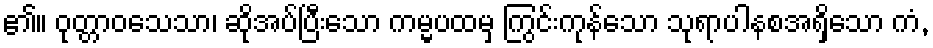
၏။ ဝုတ္တာဝသေသာ၊ ဆိုအပ်ပြီးသော ကမ္မပထမှ ကြွင်းကုန်သော သုရာပါနစအရှိသော ကံ,